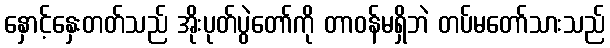
နှောင့်နှေးတတ်သည် အိုးပုတ်ပွဲတော်ကို တာဝန်မရှိဘဲ တပ်မတော်သားသည်